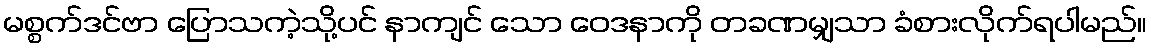
မစ္စက်ဒင်ဗာ ပြောသကဲ့သို့ပင် နာကျင် သော ဝေဒနာကို တခဏမျှသာ ခံစားလိုက်ရပါမည်။